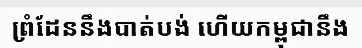
ព្រំដែននឹងបាត់បង់ ហើយកម្ពុជានឹង